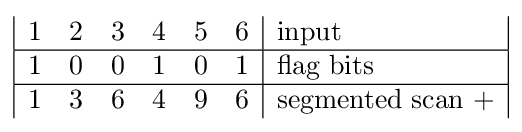
{\begin{array}{|rrrrrr|l|}1&2&3&4&5&6&{\text{input}}\\\hline 1&0&0&1&0&1&{\text{flag bits}}\\\hline 1&3&6&4&9&6&{\text{segmented scan +}}\\\end{array}}